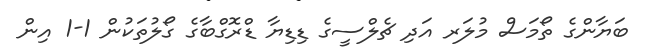
ބަޔާންގެ ތޯމަސް މުލަރ އަދި ޗެލްސީގެ ޑިޑިޔާ ޑްރޮގްބާގެ ގޯލުތަކުން 1-1 އިން